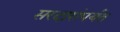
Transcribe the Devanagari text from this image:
सरदारांपर्यंत